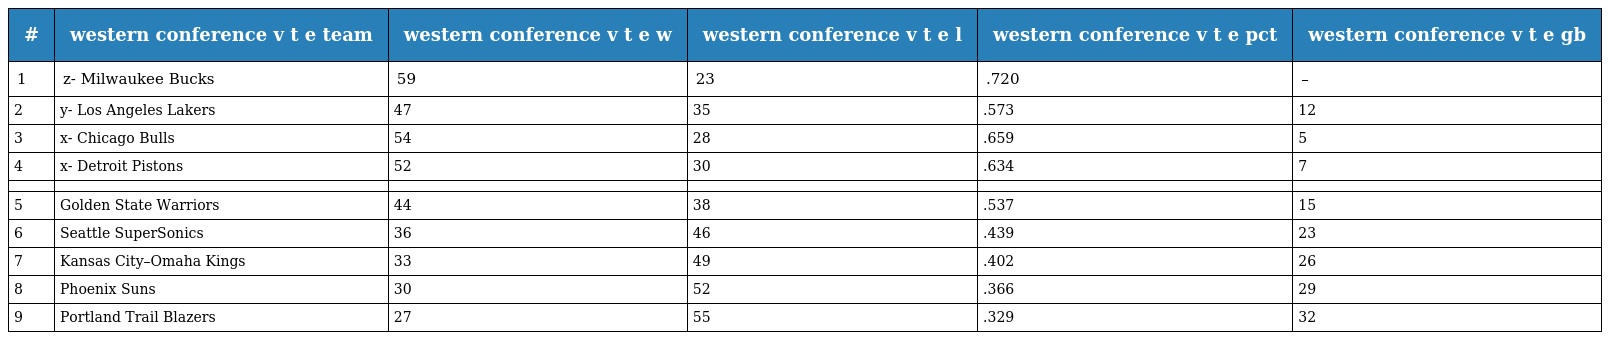
| # | western conference v t e team | western conference v t e w | western conference v t e l | western conference v t e pct | western conference v t e gb |
 | --- | --- | --- | --- | --- | --- |
 | 1 | z- Milwaukee Bucks | 59 | 23 | .720 | – |
 | 2 | y- Los Angeles Lakers | 47 | 35 | .573 | 12 |
 | 3 | x- Chicago Bulls | 54 | 28 | .659 | 5 |
 | 4 | x- Detroit Pistons | 52 | 30 | .634 | 7 |
 |  |  |  |  |  |  |
 | 5 | Golden State Warriors | 44 | 38 | .537 | 15 |
 | 6 | Seattle SuperSonics | 36 | 46 | .439 | 23 |
 | 7 | Kansas City–Omaha Kings | 33 | 49 | .402 | 26 |
 | 8 | Phoenix Suns | 30 | 52 | .366 | 29 |
 | 9 | Portland Trail Blazers | 27 | 55 | .329 | 32 |